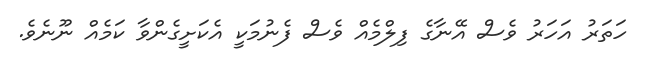
ހަތަރު އަހަރު ވެސް އޭނާގެ ފިލްމެއް ވެސް ފެނުމަކީ އެކަށީގެންވާ ކަމެއް ނޫނެވެ.